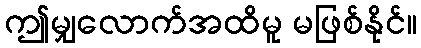
ဤမျှလောက်အထိမူ မဖြစ်နိုင်။